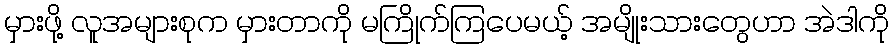
မှားဖို့ လူအများစုက မှားတာကို မကြိုက်ကြပေမယ့် အမျိုးသားတွေဟာ အဲဒါကို